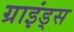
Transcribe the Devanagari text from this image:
ग्राइंड्स